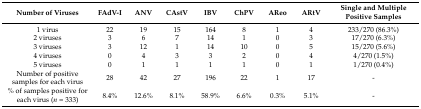
<table><thead><tr><td><b>Number of Viruses</b></td><td><b>FAdV-I</b></td><td><b>ANV</b></td><td><b>CAstV</b></td><td><b>IBV</b></td><td><b>ChPV</b></td><td><b>AReo</b></td><td><b>ARtV</b></td><td><b>Single and Multiple Positive Samples</b></td></tr></thead><tbody><tr><td>1 virus</td><td>22</td><td>19</td><td>15</td><td>164</td><td>8</td><td>1</td><td>4</td><td>233/270 (86.3%)</td></tr><tr><td>2 viruses</td><td>3</td><td>6</td><td>7</td><td>14</td><td>1</td><td>0</td><td>3</td><td>17/270 (6.3%)</td></tr><tr><td>3 viruses</td><td>3</td><td>12</td><td>1</td><td>14</td><td>10</td><td>0</td><td>5</td><td>15/270 (5.6%)</td></tr><tr><td>4 viruses</td><td>0</td><td>4</td><td>3</td><td>3</td><td>2</td><td>0</td><td>4</td><td>4/270 (1.5%)</td></tr><tr><td>5 viruses</td><td>0</td><td>1</td><td>1</td><td>1</td><td>1</td><td>0</td><td>1</td><td>1/270 (0.4%)</td></tr><tr><td>Number of positive samples for each virus</td><td>28</td><td>42</td><td>27</td><td>196</td><td>22</td><td>1</td><td>17</td><td>-</td></tr><tr><td>% of samples positive for each virus (<i>n</i> = 333)</td><td>8.4%</td><td>12.6%</td><td>8.1%</td><td>58.9%</td><td>6.6%</td><td>0.3%</td><td>5.1%</td><td>-</td></tr></tbody></table>